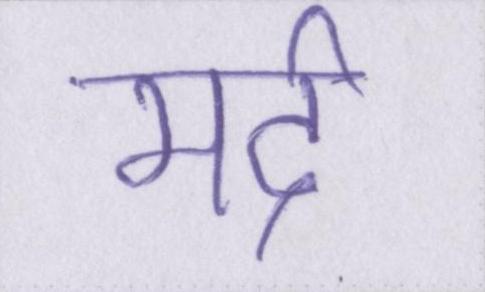
मर्द